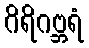
ဂိရိဂဗ္ဘရံ